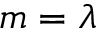
m = \lambda